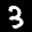
Label: 3